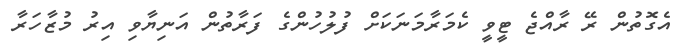
އެގޮތުން ރޭ ރާއްޖެ ޓީވީ ކެމަރާމަނަކަށް ފުލުހުންގެ ފަރާތުން އަނިޔާވި އިރު މުޒާހަރާ